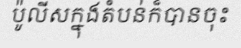
ប៉ូលីសក្នុងតំបន់ក៏បានចុះ